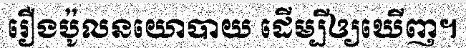
រឿងប៉ូលនយោបាយ ដើម្បីឲ្យឃើញ។